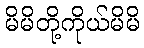
မိမိတို့ကိုယ်မိမိ